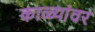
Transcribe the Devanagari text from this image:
काळ्यांवर